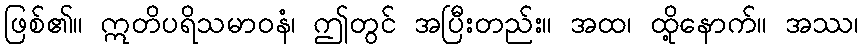
ဖြစ်၏။ ဣတိပရိသမာဝနံ၊ ဤတွင် အပြီးတည်း။ အထ၊ ထို့နောက်။ အဿ၊